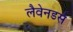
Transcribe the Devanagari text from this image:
लैवेनडर्स